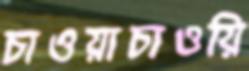
চাওয়াচাওয়ি